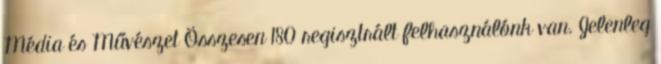
Média és Művészet Összesen 180 regisztrált felhasználónk van. Jelenleg